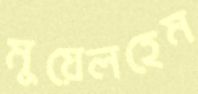
মুয়েলহেম